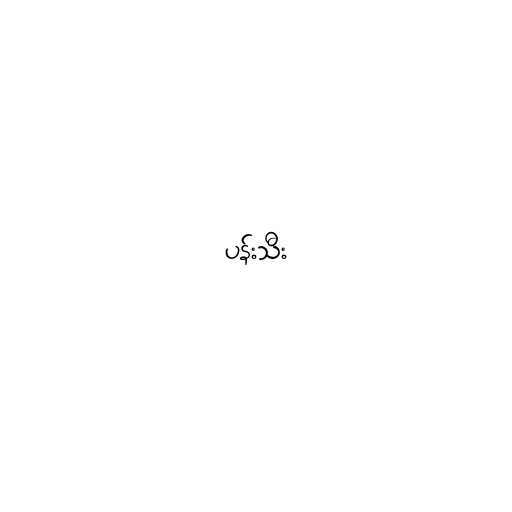
ပန်းသီး